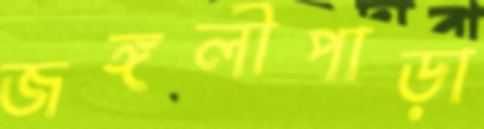
জঙ্গলীপাড়া